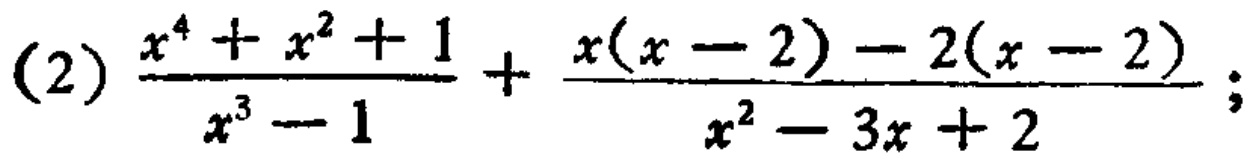
(2) \(\frac{x^{4}+x^{2}+1}{x^{3}-1}+\frac{x(x - 2)-2(x - 2)}{x^{2}-3x + 2}\);